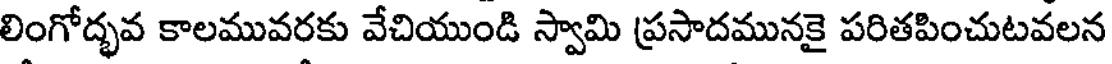
లింగోద్భవ కాలమువరకు వేచియుండి స్వామి ప్రసాదమునకై పరితపించుటవలన